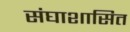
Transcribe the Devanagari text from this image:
संघाशासित